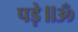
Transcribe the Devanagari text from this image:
पड़े॥ॐ